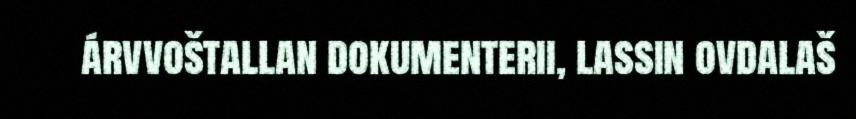
árvvoštallan dokumenterii, lassin ovdalaš